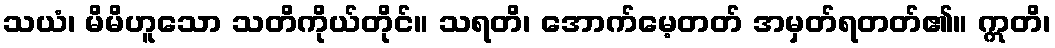
သယံ၊ မိမိဟူသော သတိကိုယ်တိုင်။ သရတိ၊ အောက်မေ့တတ် အမှတ်ရတတ်၏။ ဣတိ၊